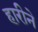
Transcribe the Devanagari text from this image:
हारीने